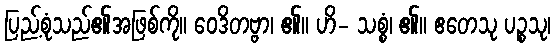
ပြည့်စုံသည်၏အဖြစ်ကို။ ဝေဒိတဗ္ဗာ၊ ၏။ ဟိ- သစ္စံ၊ ၏။ ဧတေသု ပဉ္စသု၊